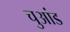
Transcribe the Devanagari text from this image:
चुआंड